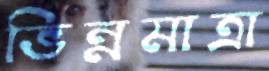
ভিন্নমাত্রা